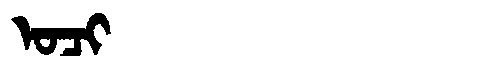
Manchu: ᠣᠴᡳ
Romanization: OCI